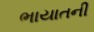
ભાયાતની